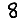
Digit: 8